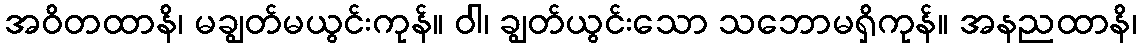
အဝိတထာနိ၊ မချွတ်မယွင်းကုန်။ ဝါ၊ ချွတ်ယွင်းသော သဘောမရှိကုန်။ အနညထာနိ၊